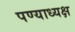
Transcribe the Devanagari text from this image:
पण्याध्यक्ष